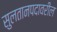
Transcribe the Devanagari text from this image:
सुलतानपदावरील